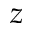
z